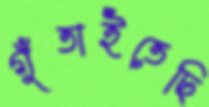
গুঁতাইতেছি